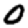
Digit: 0